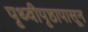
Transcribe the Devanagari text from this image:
पृथ्वीपृष्ठापासून